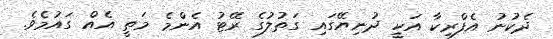
ދެކުނު އެފްރިކާ އަކީ ދުނިޔޭގައި ގަތުލުގެ ރޭޓު އެންމެ މަތީ އެއް ގައުމެވެ.